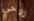
روحي